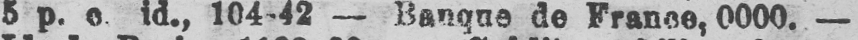
5 p. e. id., 104-42 - Banque de France, 0000.-